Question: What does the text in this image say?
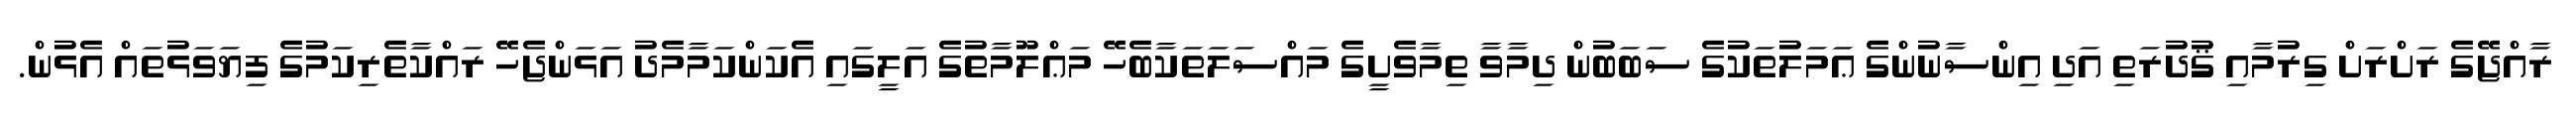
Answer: ރާއްޖޭގެ ރަށްރަށް ގިރުމާއި ޤުދުރަތި އަދި އިންސާނުންގެ ޢަމަލުތަކުގެ ސަބަބުން ދިމާވާ ތިމާވެށީގެ މައްސަލަތަކާބެހޭ މަޢްލޫމާތުގެ އަލީގައި އެކަންކަމާމެދު އަޅަންޖެހޭ ރައްކާތެރިކަމުގެ ފިޔަވަޅުތައް އެޅުން.